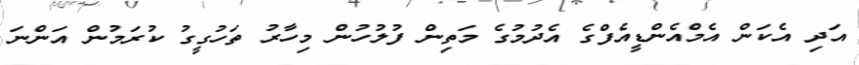
އަދި އެކަން އެމްއެންޑީއެފްގެ އެދުމުގެ މަތިން ފުލުހުން މިހާރު ތަހުގީގު ކުރަމުން އަންނަ